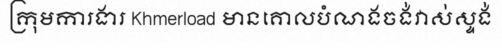
ក្រុមការងារ Khmerload មានគោលបំណងចង់វាស់ស្ទង់